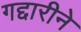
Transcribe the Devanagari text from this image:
गद्दारीने